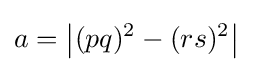
a={\bigl |}(pq)^{2}-(rs)^{2}{\bigr |}